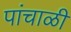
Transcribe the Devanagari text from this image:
पांचाळी